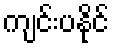
ကျင်းပနိုင်